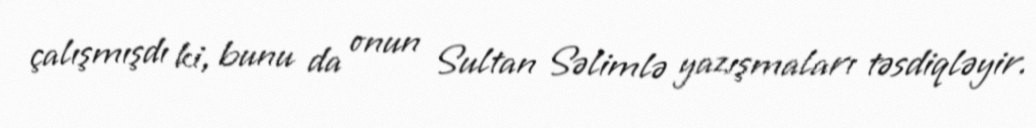
çalışmışdı ki, bunu da onun Sultan Səlimlə yazışmaları təsdiqləyir.